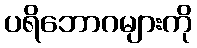
ပရိဘောဂများကို